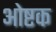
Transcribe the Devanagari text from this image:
ओष्टक